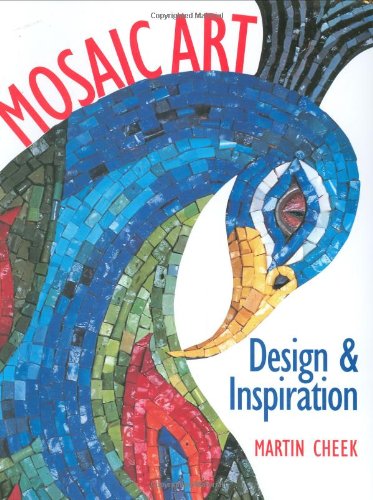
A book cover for Mosaic Art: Design & Inspiration; Martin Cheek; Crafts, Hobbies & Home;